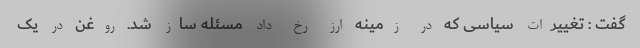
گفت : تغییرات سیاسی که در زمینه ارز رخ داد مسئله ساز شد. روغن در یک